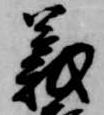
義